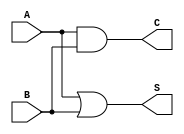
module threshold_half_adder (
    input wire A,     // First binary input
    input wire B,     // Second binary input
    output wire S,    // Sum output
    output wire C     // Carry output
);

// Sum output: S = A | B
assign S = A | B;

// Carry output: C = A & B
assign C = A & B;

endmodule